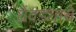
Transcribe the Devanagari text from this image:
घेवड्याचे